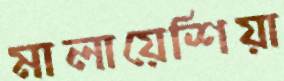
মালায়েশিয়া